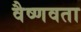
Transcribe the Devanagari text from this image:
वैष्णवता